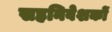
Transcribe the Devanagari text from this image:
सहनिवेशकों